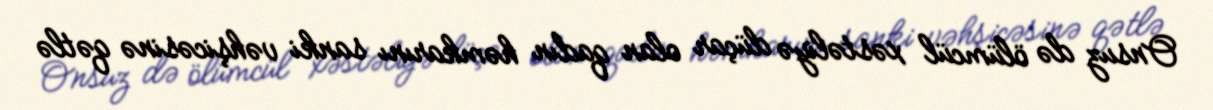
Onsuz də ölümcül xəstəliyə düçar olan qadın həmkarını sanki vəhşicəsinə qətlə